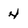
Character: 4